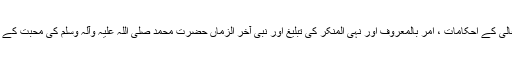
لوگوں کو معرفت الہی اور اللہ تعالی کے احکامات ، امر بالمعروف اور نہی المنکر کی تبلیغ اور نبی آخر الزماں حضرت محمد صلی اللہ علیہ وآلہ وسلم کی محبت کے چراغ روشن کرتے چلے جاتے ۔